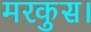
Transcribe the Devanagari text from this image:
मरकुस।